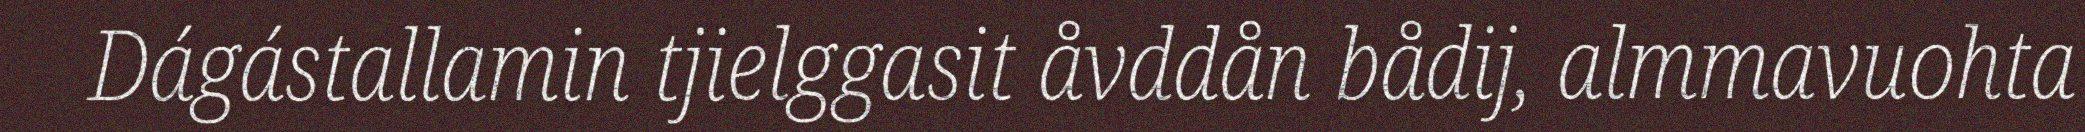
Dágástallamin tjielggasit åvddån bådij, almmavuohta